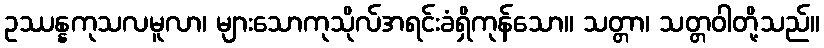
ဥဿန္နကုသလမူလာ၊ များသောကုသိုလ်အရင်းခံရှိကုန်သော။ သတ္တာ၊ သတ္တဝါတို့သည်။